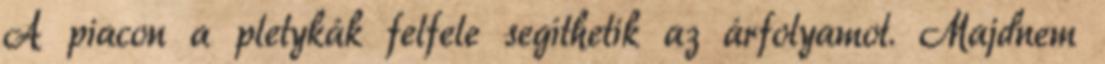
A piacon a pletykák felfele segíthetik az árfolyamot. Majdnem